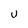
Character: U